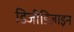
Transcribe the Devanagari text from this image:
डिजीडिज़ाइन